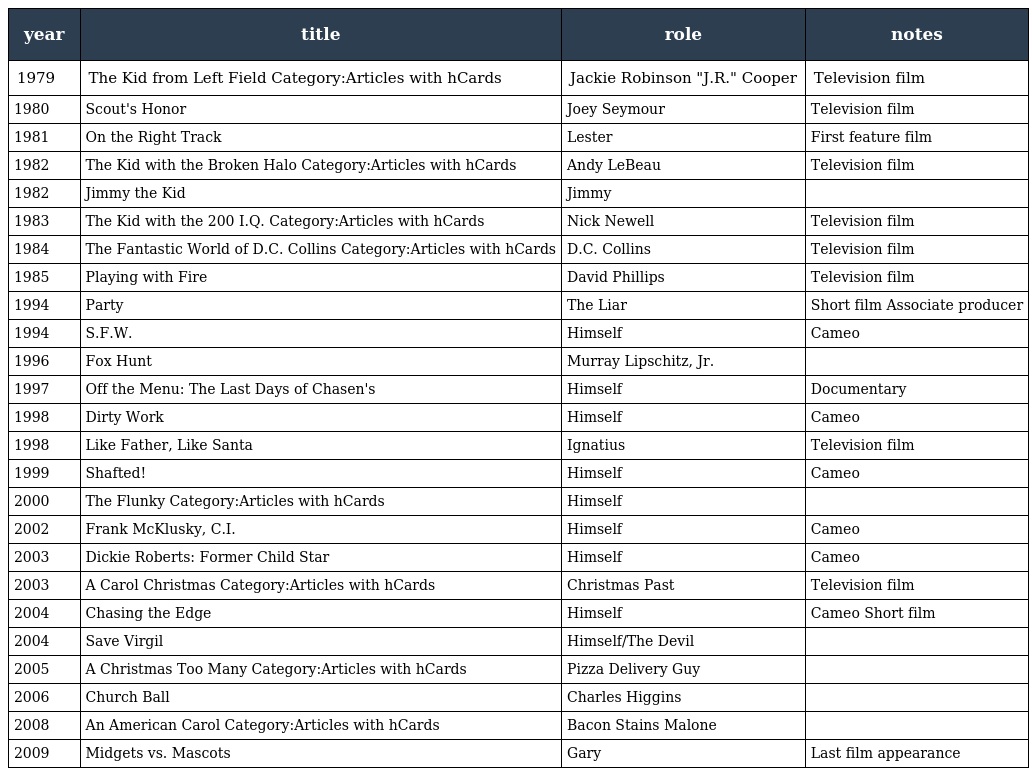
| year | title | role | notes |
 | --- | --- | --- | --- |
 | 1979 | The Kid from Left Field Category:Articles with hCards | Jackie Robinson "J.R." Cooper | Television film |
 | 1980 | Scout's Honor | Joey Seymour | Television film |
 | 1981 | On the Right Track | Lester | First feature film |
 | 1982 | The Kid with the Broken Halo Category:Articles with hCards | Andy LeBeau | Television film |
 | 1982 | Jimmy the Kid | Jimmy |  |
 | 1983 | The Kid with the 200 I.Q. Category:Articles with hCards | Nick Newell | Television film |
 | 1984 | The Fantastic World of D.C. Collins Category:Articles with hCards | D.C. Collins | Television film |
 | 1985 | Playing with Fire | David Phillips | Television film |
 | 1994 | Party | The Liar | Short film Associate producer |
 | 1994 | S.F.W. | Himself | Cameo |
 | 1996 | Fox Hunt | Murray Lipschitz, Jr. |  |
 | 1997 | Off the Menu: The Last Days of Chasen's | Himself | Documentary |
 | 1998 | Dirty Work | Himself | Cameo |
 | 1998 | Like Father, Like Santa | Ignatius | Television film |
 | 1999 | Shafted! | Himself | Cameo |
 | 2000 | The Flunky Category:Articles with hCards | Himself |  |
 | 2002 | Frank McKlusky, C.I. | Himself | Cameo |
 | 2003 | Dickie Roberts: Former Child Star | Himself | Cameo |
 | 2003 | A Carol Christmas Category:Articles with hCards | Christmas Past | Television film |
 | 2004 | Chasing the Edge | Himself | Cameo Short film |
 | 2004 | Save Virgil | Himself/The Devil |  |
 | 2005 | A Christmas Too Many Category:Articles with hCards | Pizza Delivery Guy |  |
 | 2006 | Church Ball | Charles Higgins |  |
 | 2008 | An American Carol Category:Articles with hCards | Bacon Stains Malone |  |
 | 2009 | Midgets vs. Mascots | Gary | Last film appearance |